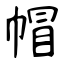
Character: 帽